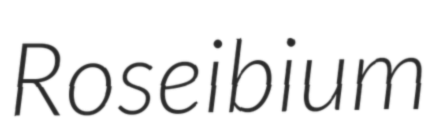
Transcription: Roseibium